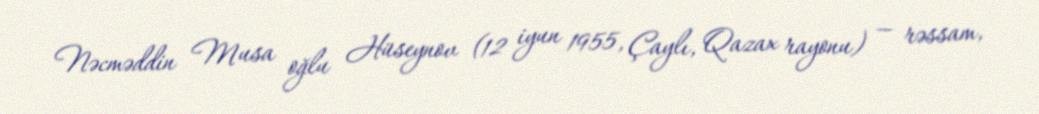
Nəcməddin Musa oğlu Hüseynov (12 iyun 1955, Çaylı, Qazax rayonu) — rəssam,